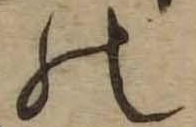
の